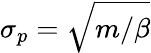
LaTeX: \sigma_{p}=\sqrt{m/\beta}